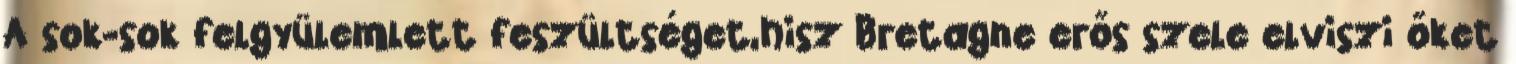
A sok-sok felgyülemlett feszültséget,hisz Bretagne erős szele elviszi őket